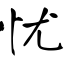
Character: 忧